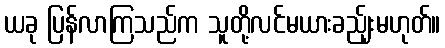
ယခု ပြန်လာကြသည်က သူတို့လင်မယားခည်ျးမဟုတ်။